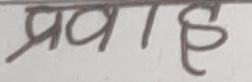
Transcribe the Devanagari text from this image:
प्रवाह